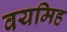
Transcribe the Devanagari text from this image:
वयमिह